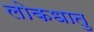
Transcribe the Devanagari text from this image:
लोकधातु